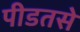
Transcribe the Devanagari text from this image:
पीडतसे